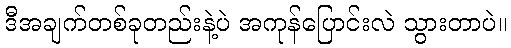
ဒီအချက်တစ်ခုတည်းနဲ့ပဲ အကုန်ပြောင်းလဲ သွားတာပဲ။